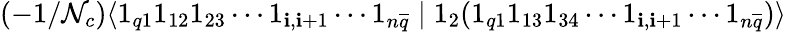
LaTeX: (-1/\mathcal{N}_{c})\langle1_{q1}1_{12}1_{23}\cdots1_{\mathbf{i},\mathbf{i}+1}\cdots1_{n\overline{{{{q}}}}}\mid1_{2}(1_{q1}1_{13}1_{34}\cdots1_{\mathbf{i},\mathbf{i}+1}\cdots1_{n\overline{{{{q}}}}})\rangle